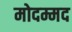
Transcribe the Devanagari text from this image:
मोदम्मद